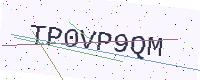
Text: TP0VP9QM